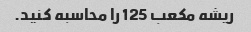
ریشه مکعب 125 را محاسبه کنید.